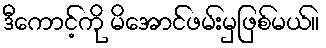
ဒီကောင့်ကို မိအောင်ဖမ်းမှဖြစ်မယ်။